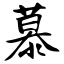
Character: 慕